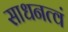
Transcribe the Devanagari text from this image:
साधनत्वं